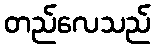
တည်လေသည်